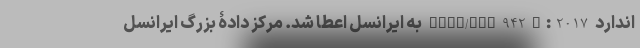
اندارد ANSI/TIA-942-B:2017 به ایرانسل اعطا شد. مرکز دادۀ بزرگ ایرانسل